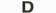
D